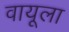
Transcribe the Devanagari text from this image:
वायूला